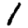
Digit: 1